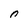
Character: n